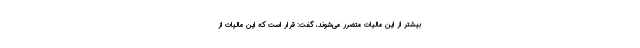
بیشتر از این مالیات متضرر می‌شوند، گفت: قرار است که این مالیات از